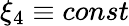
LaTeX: \xi_{4}\equiv const